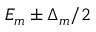
E _ { m } \pm \Delta _ { m } / 2